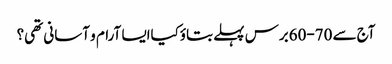
آج سے 70-60برس پہلے بتاؤکیاایسا آرام و آسانی تھی؟